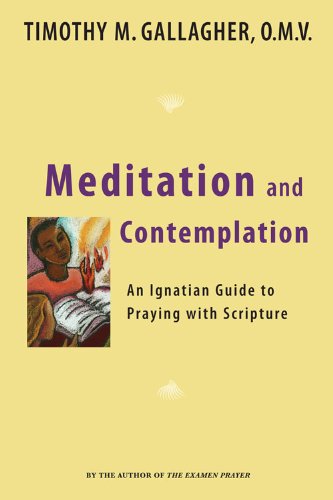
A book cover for Meditation and Contemplation: An Ignatian Guide to Praying with Scripture (Crossroad Book); Timothy M.  OMV Gallagher; Christian Books & Bibles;